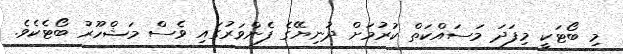
މި ބޯޓަކީ މިފަދަ މަސައްކަތް ކުރުމަށް ދުނިޔޭގެ ފެންވަރުގައި ވެސް މަޝްހޫރު ބޯޓެކެވެ.